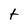
Character: t